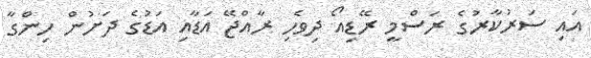
އައި ސަރުކާރުގެ ރަސްމީ ރޭޑިއޯ ދިވެހި ރާއްޖޭ އަޑާއި އަޑުގެ ދަށުން ހިންގާ